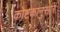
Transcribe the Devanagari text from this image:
कोष्टकानुसार